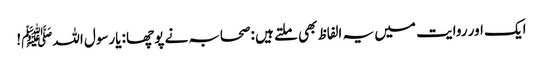
ایک اور روایت میں یہ الفاظ بھی ملتے ہیں :صحابہ نے پوچھا :یارسول اللہﷺ!